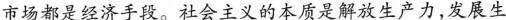
市场都是经济手段。社会主义的本质是解放生产力，发展生